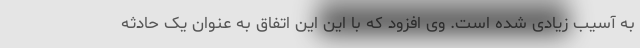
به آسیب زیادی شده است. وی افزود که با این این اتفاق به عنوان یک حادثه